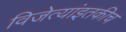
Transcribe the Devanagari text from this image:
विजेत्यांइतकीच